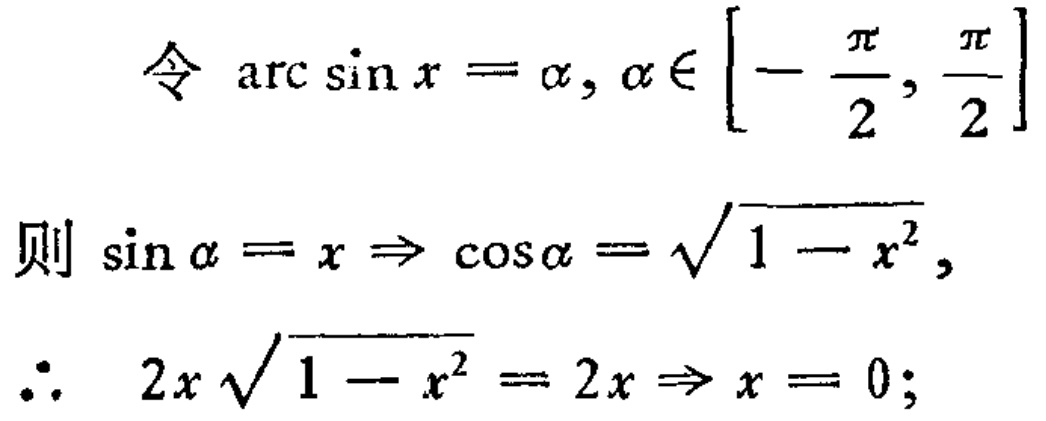
\[
\begin{align*}
&\text{令 } \arcsin x=\alpha,\alpha\in\left[-\frac{\pi}{2},\frac{\pi}{2}\right]\\
&\text{则 } \sin\alpha = x\Rightarrow\cos\alpha=\sqrt{1 - x^{2}},\\
&\therefore\ 2x\sqrt{1 - x^{2}} = 2x\Rightarrow x = 0;
\end{align*}
\]